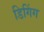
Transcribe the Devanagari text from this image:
डिगिंग